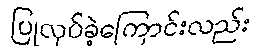
ပြုလုပ်ခဲ့ကြောင်းလည်း